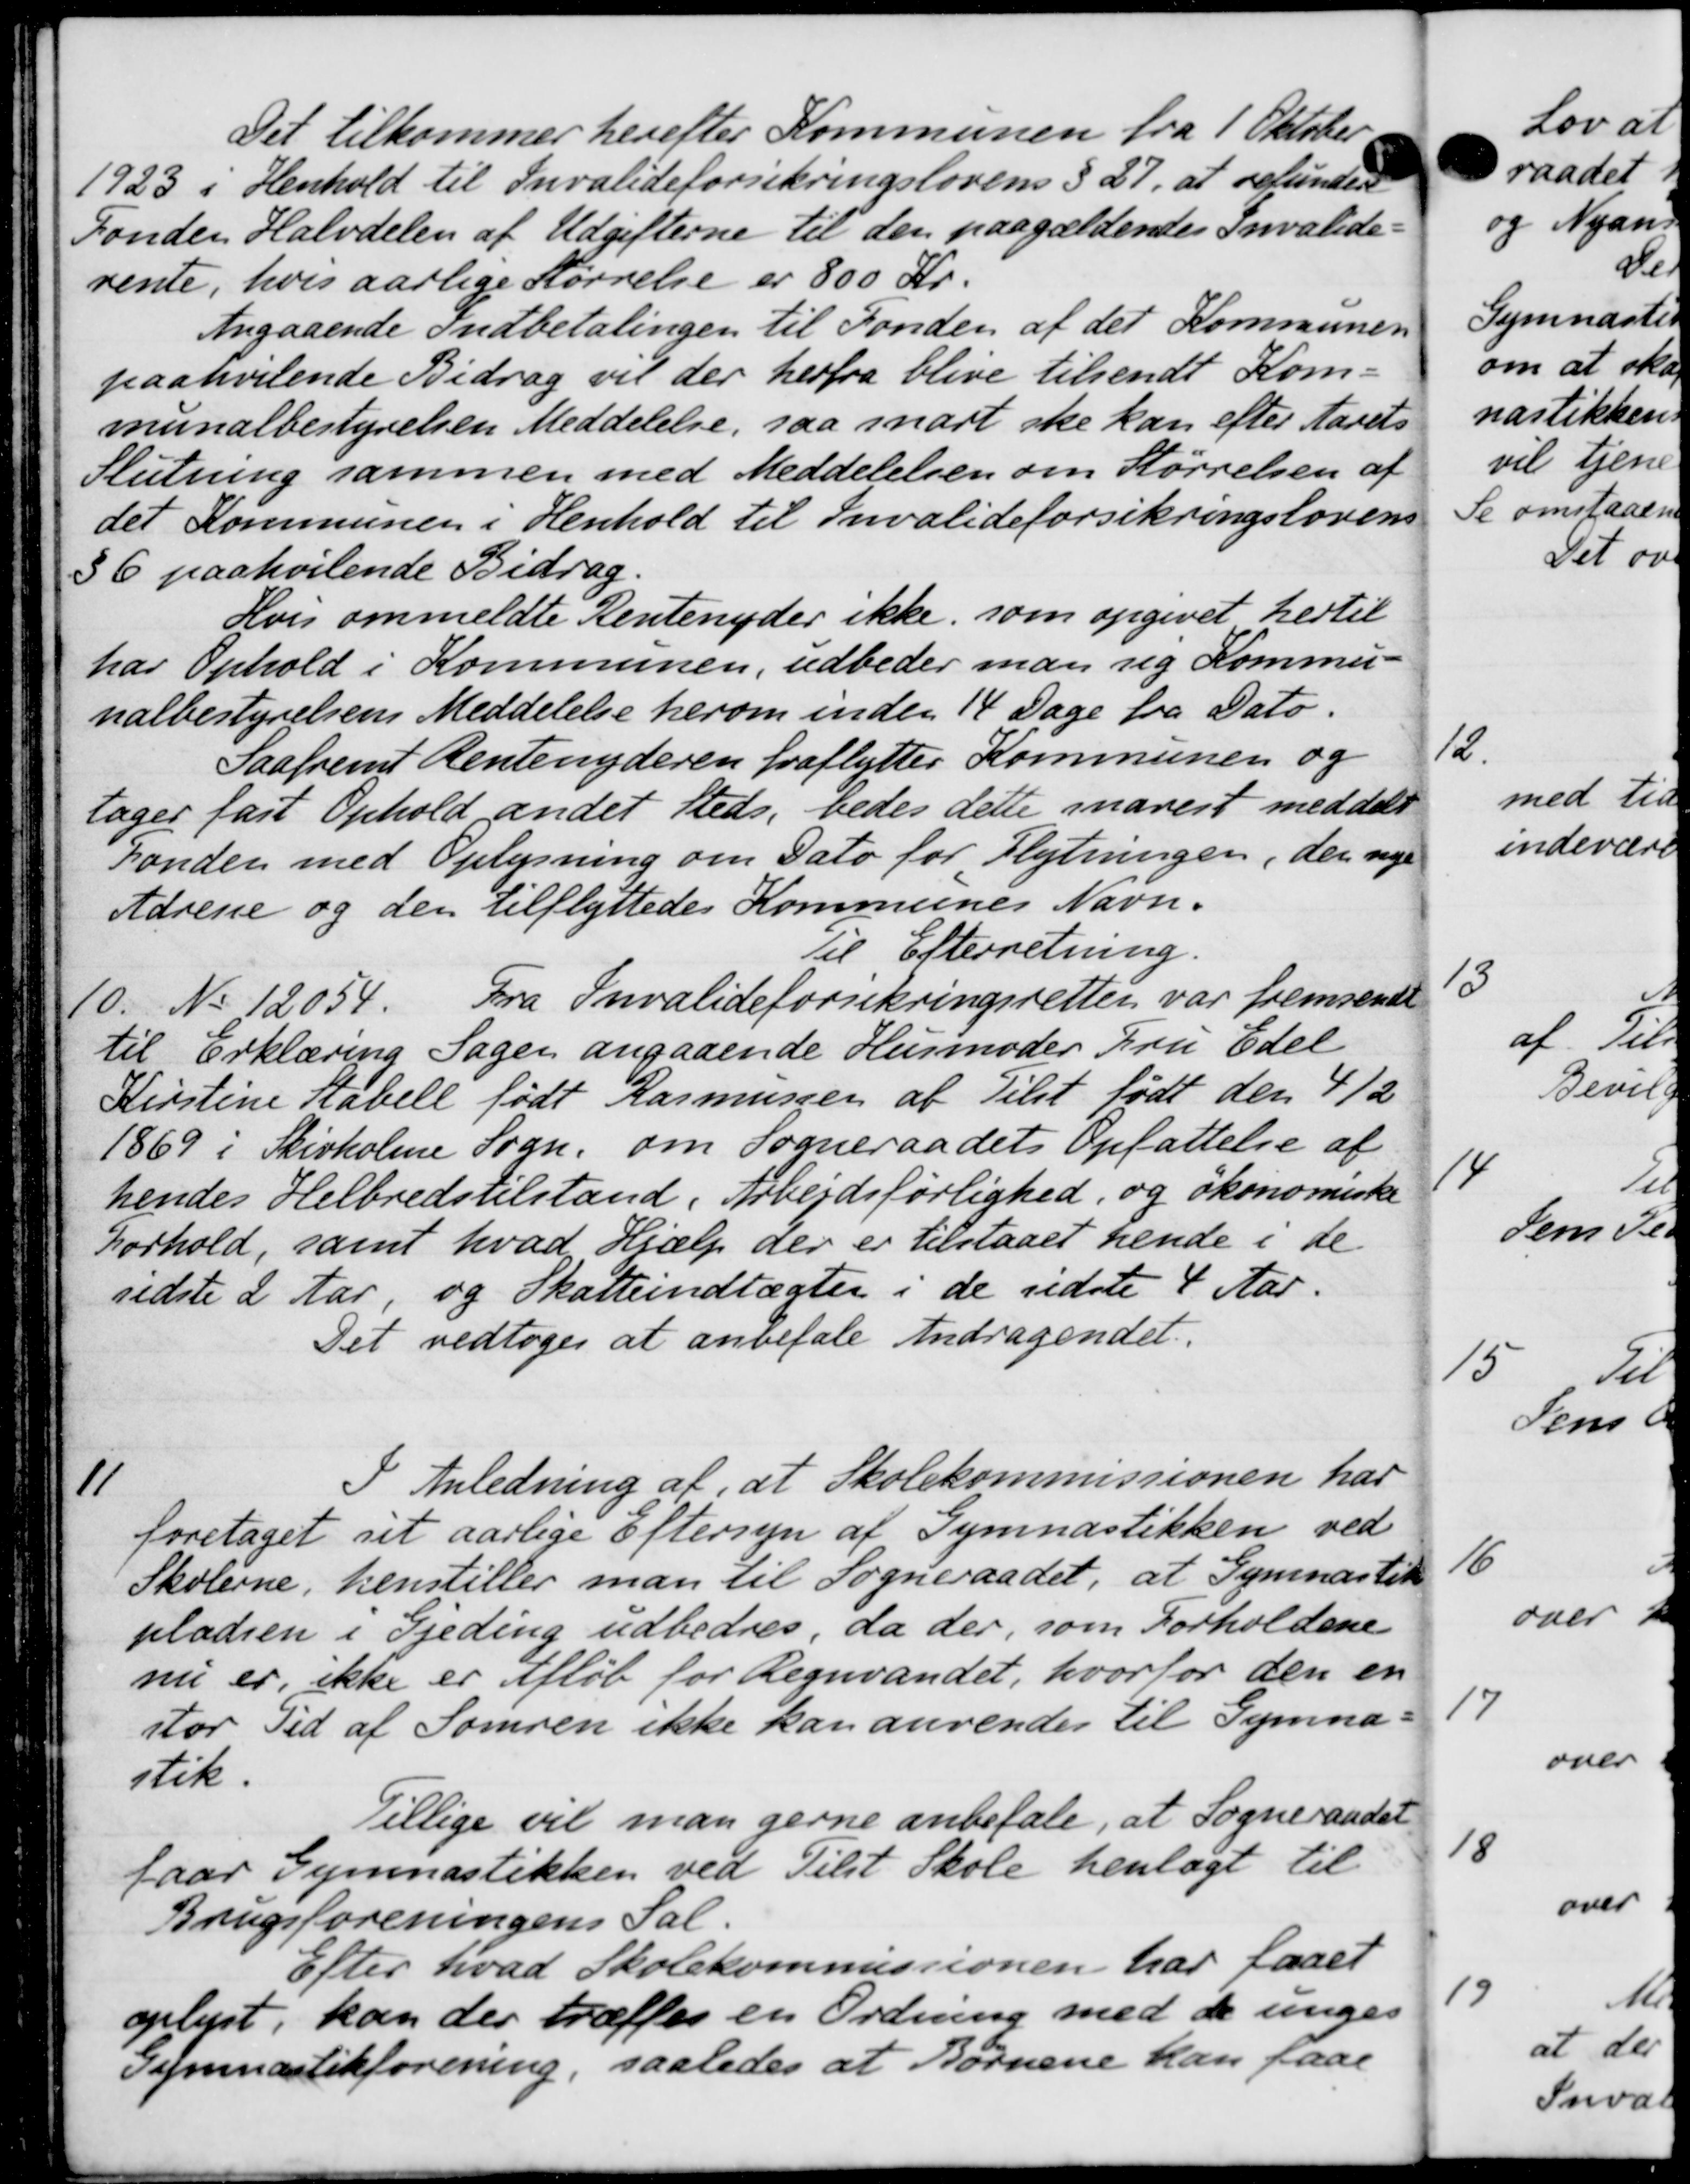
Transskription:
Det tilkommer herefter Kommunen fra 1 Oktober
1923 i Henhold til Invalideforsikringslovens § 27, at refunder
Fonden Halvdelen af Udgifterne til den paagældendes Invalide-
rente, hvis aarlige Størrelse er 800 Kr.
Angaaende Indbetalingen til Fonden af det Kommunen
paahvilende Bidrag vil der herfra blive tilsendt Kom-
munalbestyrelsen Meddelelse, saa snart ske kan efter Aarets
Slutning sammen med Meddelelsen om Størrelsen af
det Kommunen i Henhold til Invalideforsikringslovens
36 paahvilende Bidrag.
Hvis ommeldte Rentenyder ikke som opgivet hertil
har Ophold i Kommunen, udbeder man sig Kommu-
nalbestyrelsens Meddelelse herom inden 14 Dage fra Dato.
Saafremt Rentenyderen fraflytter Kommunen og
tager fast Ophold andet steds, bedes dette snarest meddelt
Fonder med Oplysning om Dato for Flytningen, der nye
Adrene og den tilflyttedes Kommunes Navn.
Til Efterretning.
10.
No 12054. Fra Invalideforsikringsretten var fremsendt
til Erklæring Sagen angaaende Husmoder Fru Edel
Kirstine Kabell født Rasmussen af Tilst født den 4/2
1869 i Skivholme Sogn, om Sogneraadets Opfattelse af
hendes Helbredstilstand, Arbejdsførlighed, og økonomiske
Forhold, samt hvad Hjælp der er tilstaaet hende i de
sidste 2 Aar, og Skatteindtægter i de sidste 4 Aar.
Det vedtoges at anbefale Andragendet.
11
I Anledning af, at Skolekommissionen har
foretaget sit aarlige Eftersyn af Gymnastikken ved
Skolerne, henstiller man til Sogneraadet, at Gymnastik
pladsen i Gjeding udbedres, da der, som Forholdene
nu er, ikke er Afløb for Regnvandet, hvorfor den en
stor Tid af Somren ikke kan anvendes til Gymna-
stik.
Tillige vil man gerne anbefale, at Sogneraadet
faar Gymnastikken ved Tilst Skole henlagt til
Brugsforeningens Sal.
Efter hvad Skolekommissionen har faaet
oplyst, kan der træffes en Ordning med de unges
Gymnastikforening, saaledes at Børnene kan faae